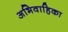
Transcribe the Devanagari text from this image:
अभिवाहिका